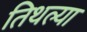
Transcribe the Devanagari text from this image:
तिथल्या